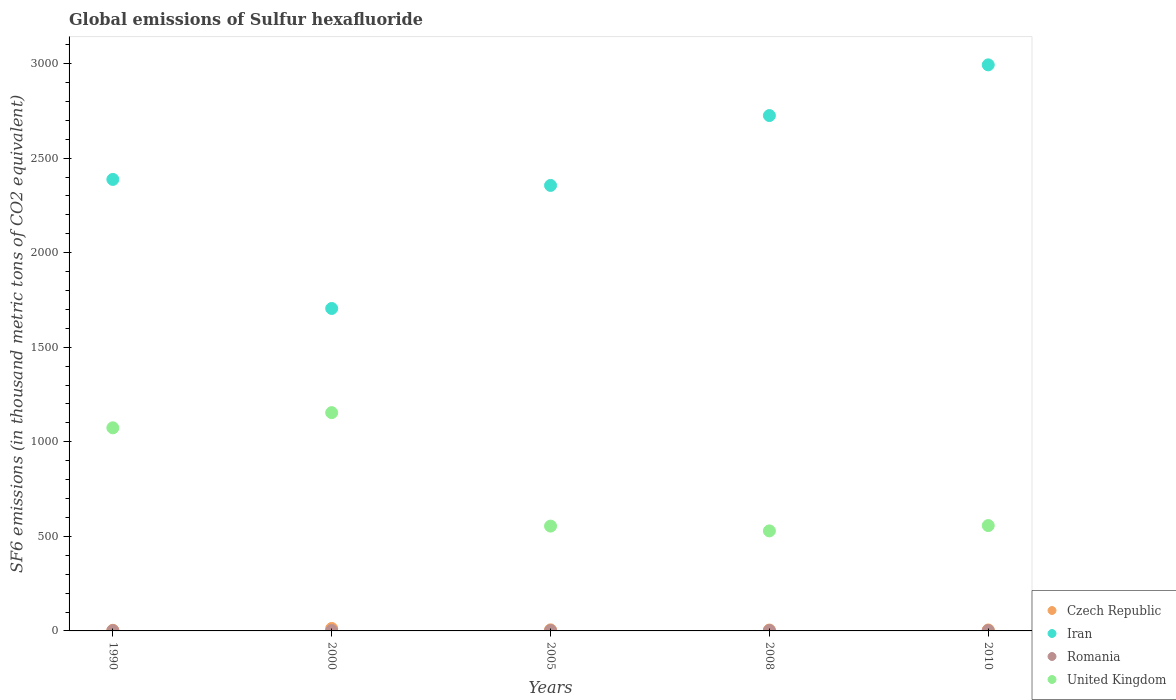
| Years | Czech Republic | Iran | Romania | United Kingdom |
 | --- | --- | --- | --- | --- |
 | 1990 | 3.3 | 2.39e+03 | 1.6 | 1.07e+03 |
 | 2000 | 13 | 1.7e+03 | 2 | 1.15e+03 |
 | 2005 | 5.6 | 2.36e+03 | 2.2 | 554 |
 | 2008 | 4.7 | 2.72e+03 | 2.3 | 529 |
 | 2010 | 5 | 2.99e+03 | 2 | 557 |